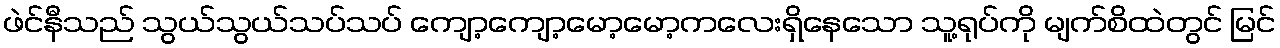
ဖဲင်နီသည် သွယ်သွယ်သပ်သပ် ကျော့ကျော့မော့မော့ကလေးရှိနေသော သူ့ရုပ်ကို မျက်စိထဲတွင် မြင်